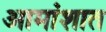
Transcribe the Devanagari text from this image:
आमांशात